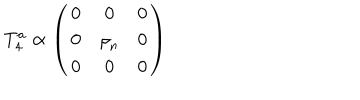
T _ { 4 } ^ { a } \propto \left( \begin{matrix} { { { \bf 0 } } } & { { { \bf 0 } } } & { { 0 } } \\ { { { \bf 0 } } } & { { { \bf \rho } _ { n } } } & { { 0 } } \\ { { 0 } } & { { 0 } } & { { 0 } } \\ \end{matrix} \right)